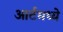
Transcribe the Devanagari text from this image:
आर्टमध्‍ये